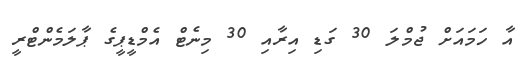
އާ ހަމައަށް ޖުމްލަ 30 ގަޑި އިރާއި 30 މިނެޓް އެމްޑީޕީގެ ޕާލަމެންޓްރީ